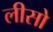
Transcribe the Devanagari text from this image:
लीसो